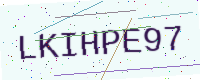
Text: LKIHPE97